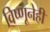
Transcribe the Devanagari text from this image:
विष्णूनेही